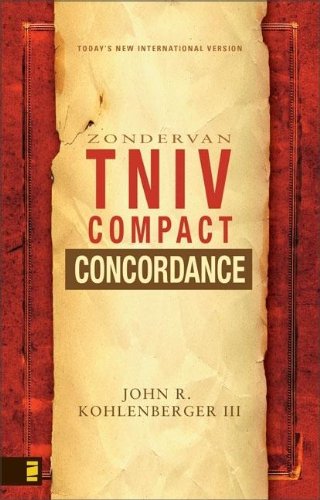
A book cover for The Zondervan TNIV Compact Concordance; John R. Kohlenberger III; Christian Books & Bibles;